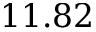
1 1 . 8 2